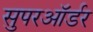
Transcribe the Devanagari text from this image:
सुपरऑर्डर